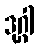
ဒုဂ္ဂါ